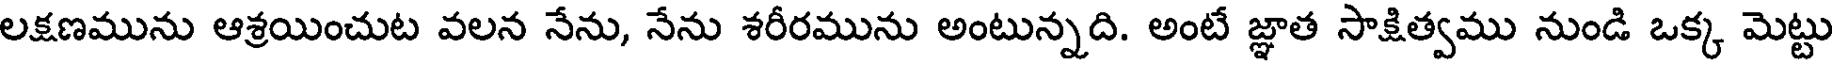
లక్షణమును ఆశ్రయించుట వలన నేను, నేను శరీరమును అంటున్నది. అంటే జ్ఞాత సాక్షిత్వము నుండి ఒక్క మెట్టు